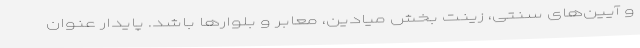
و آیین‌های سنتی، زینت بخش میادین، معابر و بلوارها باشد. پایدار عنوان